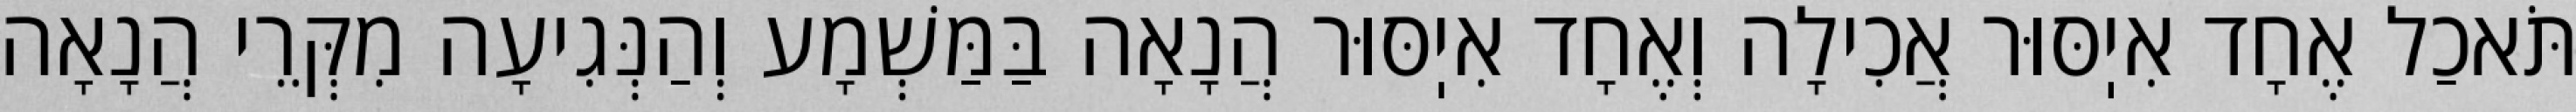
תֹּאכַל אֶחָד אִיֽסּוּר אֲכִילָה וְאֶחָד אִיֽסּוּר הֲנָאָה בַּמַּשְׁמָע וְהַנְּגִיעָה מִקְּרֵי הֲנָאָה